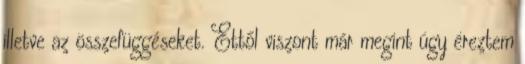
illetve az összefüggéseket. Ettől viszont már megint úgy éreztem